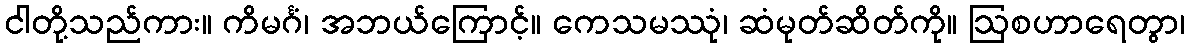
ငါတို့သည်ကား။ ကိမင်္ဂံ၊ အဘယ်ကြောင့်။ ကေသမဿုံ၊ ဆံမုတ်ဆိတ်ကို။ ဩစဟာရေတွာ၊